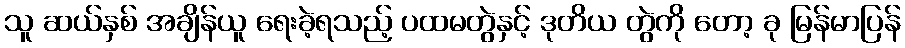
သူ ဆယ်နှစ် အချိန်ယူ ရေးခဲ့ရသည့် ပထမတွဲနှင့် ဒုတိယ တွဲကို တော့ ခု မြန်မာပြန်